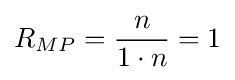
R_{MP}={\frac {n}{1\cdot n}}=1